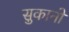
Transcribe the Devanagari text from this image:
सुकानो